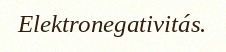
Elektronegativitás.